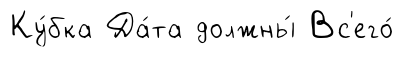
Ку́бка Да́та должны́ Вс'его́